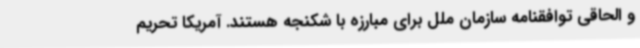
و الحاقی توافقنامه سازمان ملل برای مبارزه با شکنجه هستند. آمریکا تحریم